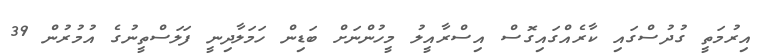
އިރުމަތީ ގުދުސްގައި ކާރެއްގައިގޮސް އިސްރާއީލު މީހުންނަށް ބަޑިން ހަމަލާދިނީ ފަލަސްތީނުގެ އުމުރުން 39